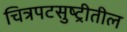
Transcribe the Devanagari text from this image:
चित्रपटसुष्ट्रीतील